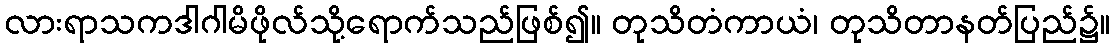
လားရာသကဒါဂါမိဖိုလ်သို့ရောက်သည်ဖြစ်၍။ တုသိတံကာယံ၊ တုသိတာနတ်ပြည်၌။